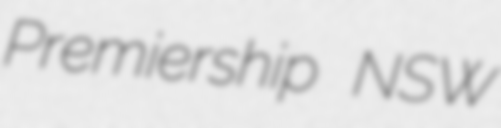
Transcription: Premiership NSW